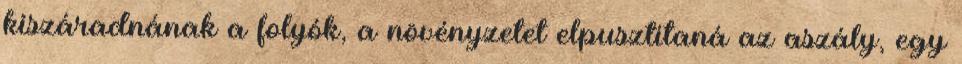
kiszáradnának a folyók, a növényzetet elpusztítaná az aszály, egy